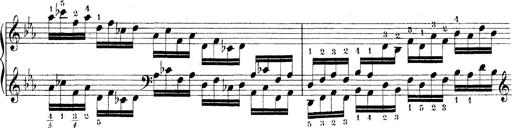
Title: Technische Studien
Composer: Franz Liszt